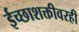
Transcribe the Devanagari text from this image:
ईच्छाशक्तीवरही